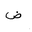
Letter: _dad